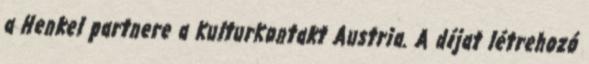
a Henkel partnere a KulturKontakt Austria. A díjat létrehozó